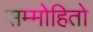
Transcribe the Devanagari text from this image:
सम्मोहितो